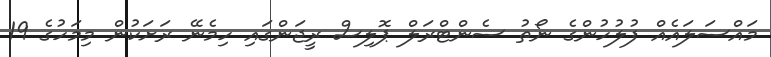
މައްސަލައެއް ފުލުހުންގެ ނޯތު ސެންޓްރަލް ޕޮލިސް ރީޖަންގައި ހިމެނޭ ރަށަކުން މިމަހުގެ 19